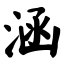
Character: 涵